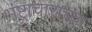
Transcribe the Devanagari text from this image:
भष्ट्राचाराच्या